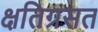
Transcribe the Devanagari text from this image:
क्षतिग्रसत